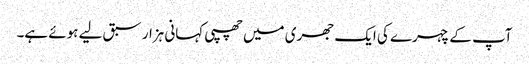
آپ کے چہرے کی ایک جھری میں چھپی کہانی ہزار سبق لیے ہوئے ہے۔